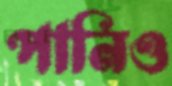
পানিও